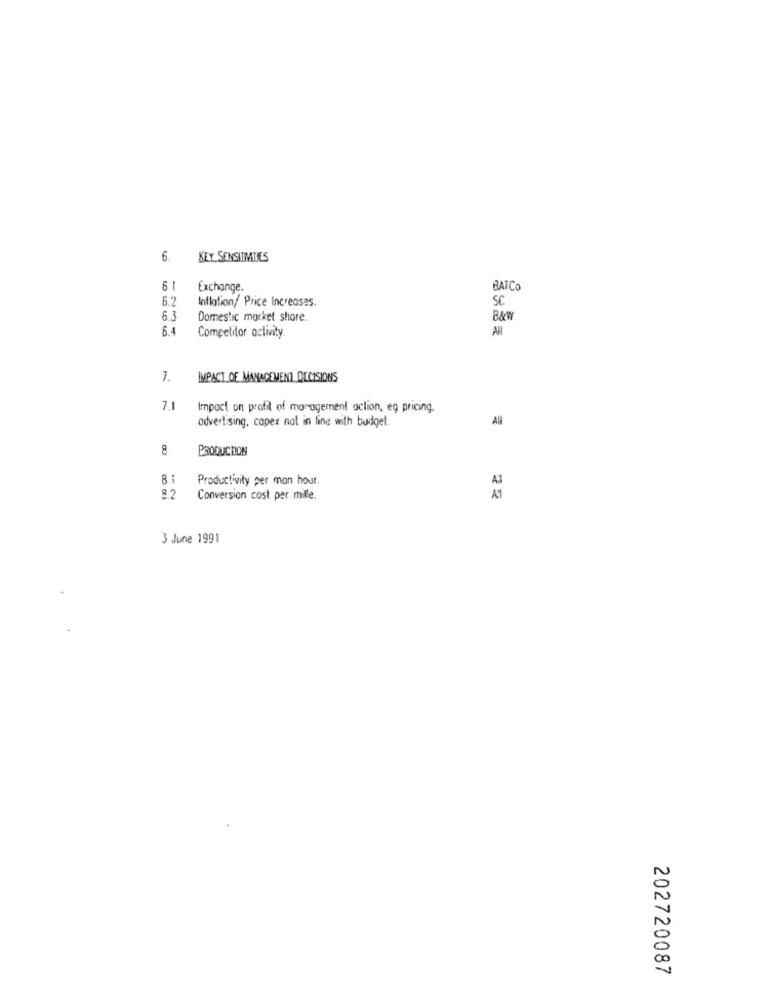
6.
KEY SENSITMIES
6 1
Exchange.
BATCO
6.2
Inflation/ Price Increases.
SC
63
Domestic market shore.
B&
Competitor activity
AH
1.
IMPACT OF MANAGEMENT DECISIONS
7.1
Impact on profit of management action, eg pricing,
advertising. capex not in line with budget.
AR
8
PRODUCTION
Productivity per mon hour.
A
8.2
Conversion cost per mille.
AM
3 June 1991
202720087